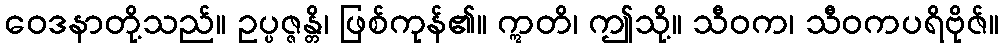
ဝေဒနာတို့သည်။ ဥပ္ပဇ္ဇန္တိ၊ ဖြစ်ကုန်၏။ ဣတိ၊ ဤသို့။ သီဝက၊ သီဝကပရိဗိုဇ်။